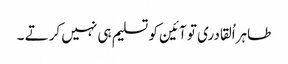
طاہراُلقادری تو آئین کو تسلیم ہی نہیں کرتے ۔